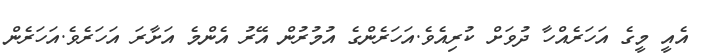
އެއީ މީގެ އަހަރެއްހާ ދުވަށް ކުރިއެވެ.އަހަރެންގެ އުމުރުން އޭރު އެންމެ އަށާރަ އަހަރެވެ.އަހަރެން